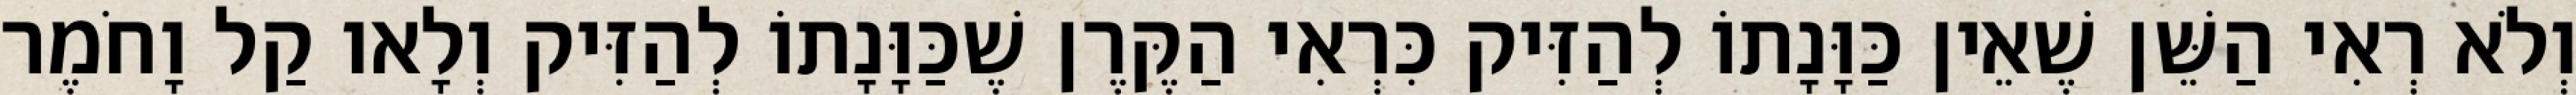
וְלֹא רְאִי הַשֵּׁן שֶׁאֵין כַּוָּנָתוֹ לְהַזִּיק כִּרְאִי הַקֶּרֶן שֶׁכַּוָּנָתוֹ לְהַזִּיק וְלָאו קַל וָחֹמֶר